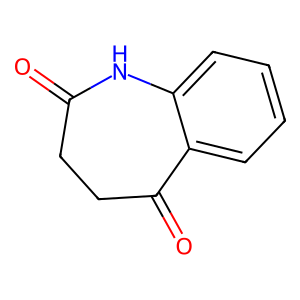
SMILES: O=C1CCC(=O)c2ccccc2N1
Inhibits HIV replication: No